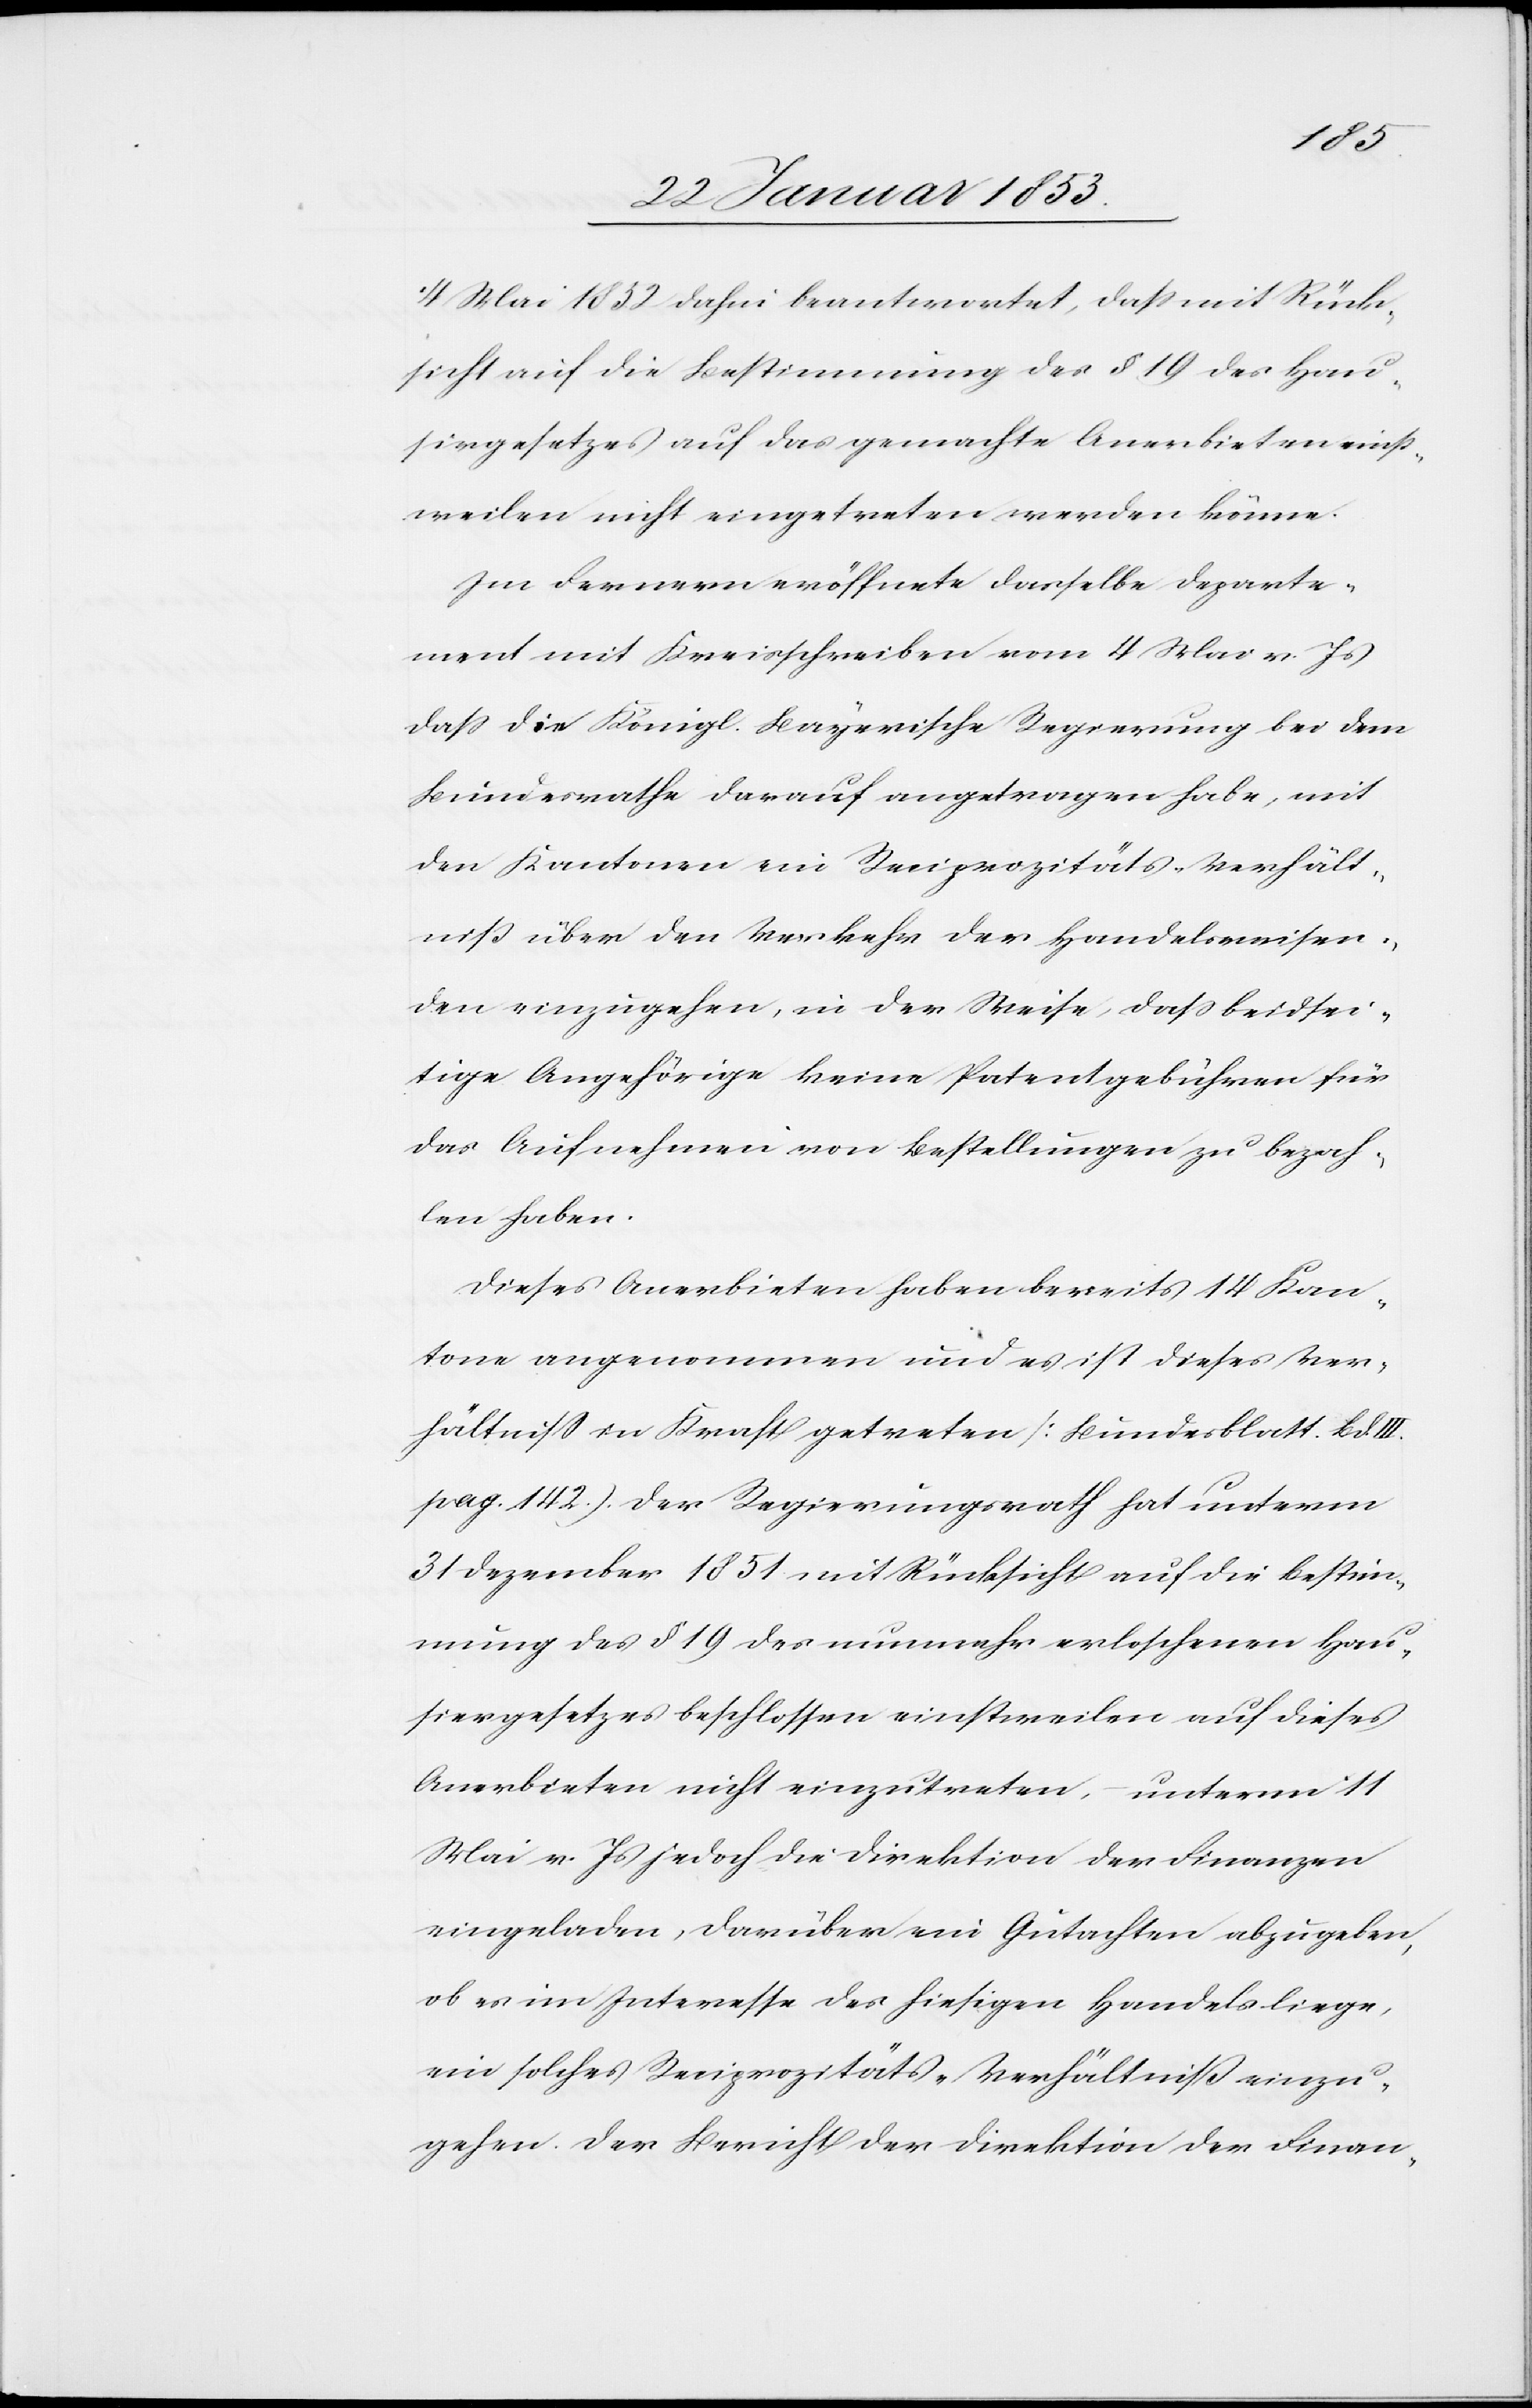
4 Mai 1852 dahin beantwortet, daß mit Rück¬
sicht auf die Bestimmung des § 19 des Haus¬
iergesetzes auf das gemachte Anerbieten einst¬
weilen nicht eingetreten werden könne.
Im Fernern eröffnete dasselbe Departe¬
ment mit Kreisschreiben vom 4 Mai v. Js.
daß die Königl. Bayerische Regierung bei dem
Bundesrathe darauf angetragen habe, mit
den Kantonen ein Reciprocitäts-Verhält¬
niß über den Verkehr der Handelsreisen¬
den einzugehen, in der Weise, daß beidsei¬
tige Angehörige keine Patentgebühren für
das Aufnehmen von Bestellungen zu bezah¬
len haben.
Dieses Anerbieten haben bereits 14 Kan¬
tone angenommen und es ist dieses Ver¬
hältniß in Kraft getreten. [Bundesblatt. Bd. III.
pag. 142) der Regierungsrath hat unterm
31 Dezember 1851 mit Rücksicht auf die Bestim¬
mung des § 19 des nunmehr erloschenen Hau¬
siergesetzes beschlossen einstweilen auf dieses
Anerbieten nicht einzutreten, unterm 11
Mai v. Js. jedoch die Direktion der Finanzen
einzuladen, darüber ein Gutachten abzugeben,
ob es im Interesse des hiesigen Handels liege,
ein solches Reciprocitäts-Verhältniß einzu¬
gehen. Der Bericht der Direktion der Finan-